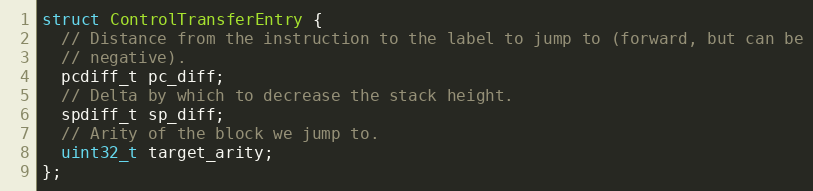
Language: C
struct ControlTransferEntry {
  // Distance from the instruction to the label to jump to (forward, but can be
  // negative).
  pcdiff_t pc_diff;
  // Delta by which to decrease the stack height.
  spdiff_t sp_diff;
  // Arity of the block we jump to.
  uint32_t target_arity;
};